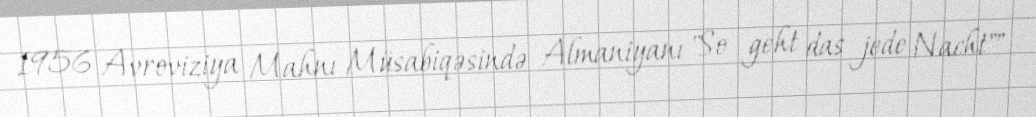
1956 Avroviziya Mahnı Müsabiqəsində Almaniyanı "So geht das jede Nacht""